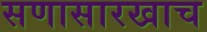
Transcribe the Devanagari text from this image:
सणासारखाच